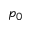
p _ { 0 }